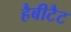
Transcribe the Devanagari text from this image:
हैबीटैट